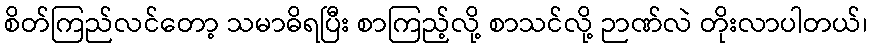
စိတ်ကြည်လင်တော့ သမာဓိရပြီး စာကြည့်လို့ စာသင်လို့ ဉာဏ်လဲ တိုးလာပါတယ်၊